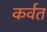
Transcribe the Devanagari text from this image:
कर्वत